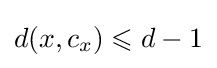
d(x,c_{x})\leqslant d-1